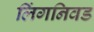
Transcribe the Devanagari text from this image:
लिंगनिवड